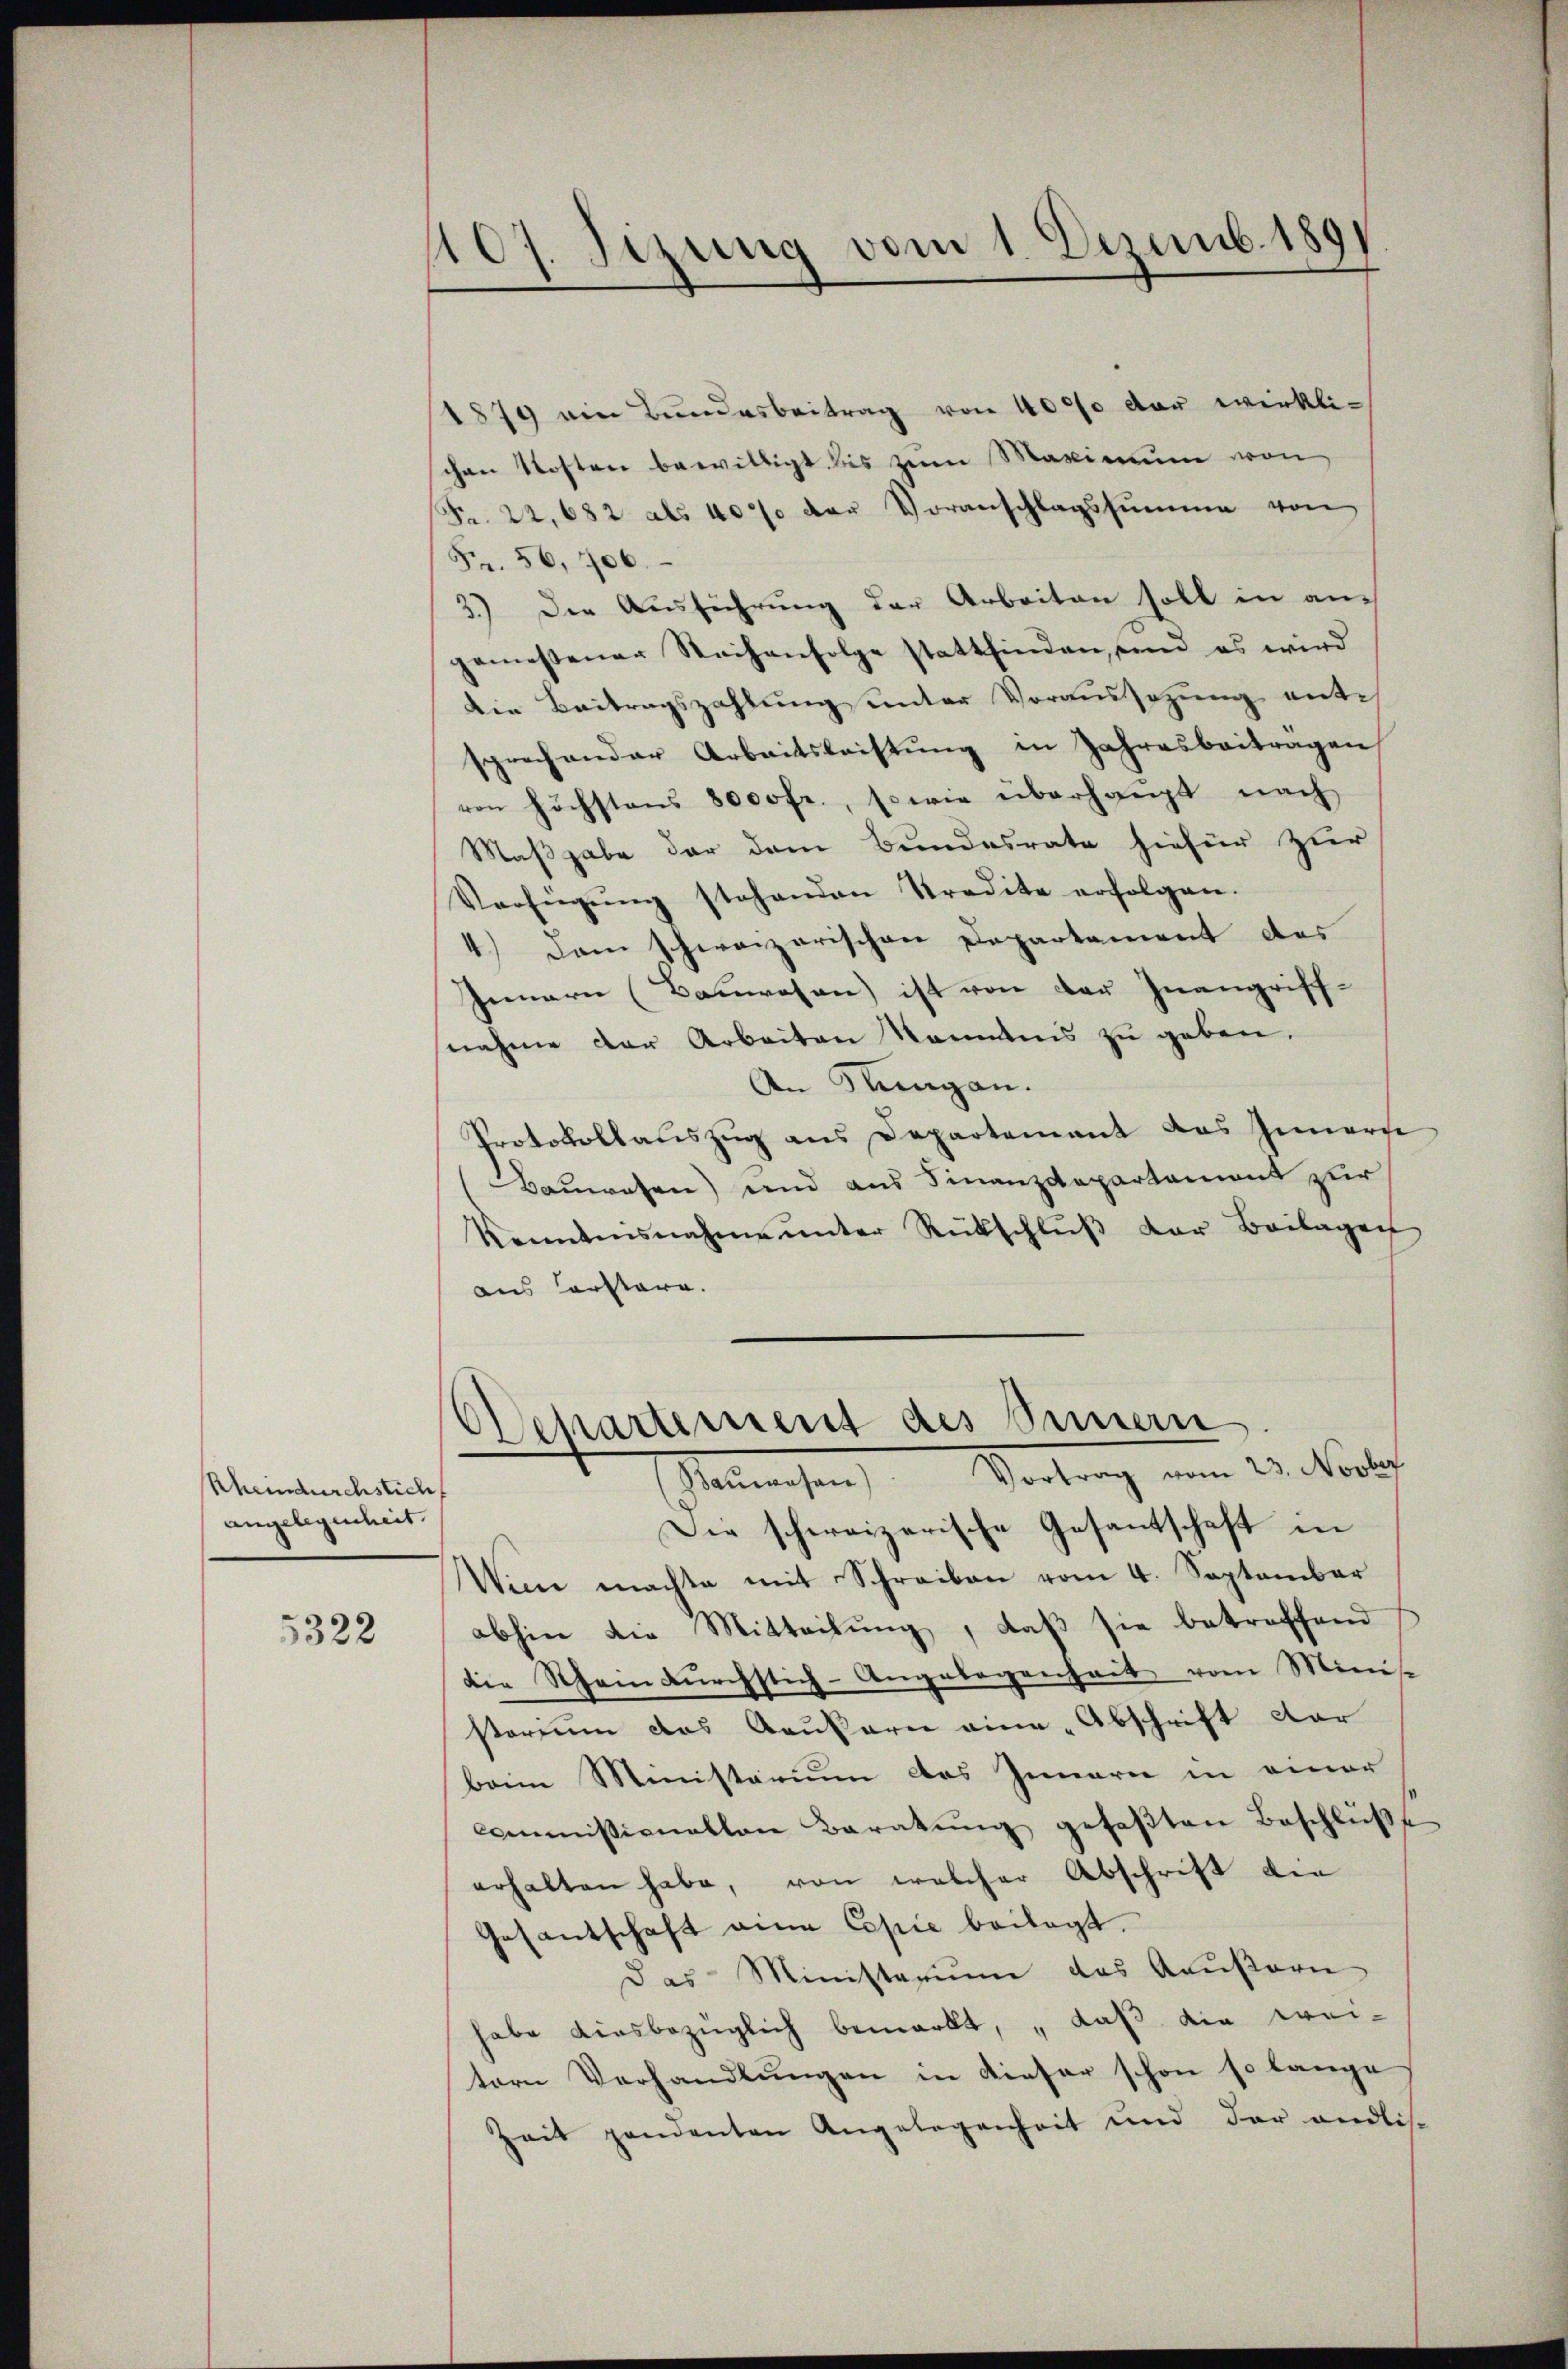
Rheindurchstich
angelegenheit.

5322

1107. Sizung vom 1. Dezemb. 1891

1879 ein Bundesbeitrag von 4000 der wirkli-
schen Kosten bewilligt bis zum Maximum von
Fr. 22,682 als 40% der Voranschlagssumme von
Fr. 56, 706.
3.) Die Ausführung der Arbeiten soll in angemeßener Weihenfolge stattfinden, und es wird
Die Beitragszahlung unter Voraussezung ent-
sprechender Arbeitsleistŭng in Jahresbeitragen
von höchstens 8000 fr., sowie überhaupt nach
Maßgabe der dem Bundesrate hiefür zur
Verfügŭng stehenden Predite erfolgen.
4.) Dem schweizerischen Departament des
Innern (Bauwesen ist von der Inangriff-
nahme der Arbeiten kanntens zu geben.
An Rungan.
Protokollauszug aus Departement des Innern
Bauwesen) und aus Finanzdepartement zur
kanntensnahme ŭnter Rückschlŭβ der Beilagen
aus Corstare.
OSchartement des Sinnern
Baŭwesen) Vortrag vom 23. Novber
Die schweizerische Gesantschaft in
Wien machte mit Schreiben vom 4. September
abhin die Mitteilung, daß sie betreffend
die Schem dŭrchstich-Angelegenheit vom Minist
storium das Aeußern eine Abschrift dar
beim Ministarium des Innern in einer
Commissionallen Beratŭng gefaβten Beschlüβe
erhalten habe, von welcher Abschrift die
Gesantschaft eine Copie beilegt.
Das Ministerium das Aeußern
habe diesbezüglich bemerkt, „daß die wei-
tern Verhandlungen in dieser schon so lange
zeit handenten Angelegenheit und der endlis-